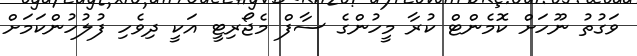
ވަގުތު ނޫހަށް ކޮމެންޓް ކުރާ މީހުންގެ ސާފް މެޖޯރިޓީ އަކީ ދިވެހި ފުލުހުންކަމަށް